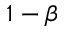
1 - \beta